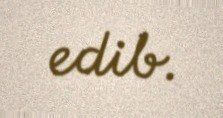
edib.